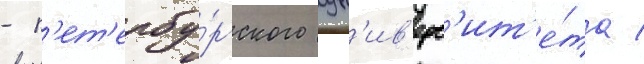
- п'ет'ербу́ргского ун'ив'ерс'ит'е́та /